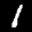
Label: 1